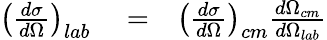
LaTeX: \begin{array}{rlr}{\left(\frac{d\sigma}{d\Omega}\right)_{lab}}&{{}=}&{\left(\frac{d\sigma}{d\Omega}\right)_{cm}\frac{d\Omega_{cm}}{d\Omega_{lab}}}\end{array}